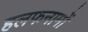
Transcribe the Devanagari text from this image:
हलफनामों